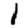
Digit: 1